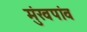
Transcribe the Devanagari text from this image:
मुंखपांव